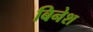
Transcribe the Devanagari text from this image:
बिनेश